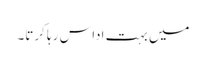
میں بہت اداس رہا کرتا۔